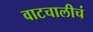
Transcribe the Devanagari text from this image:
वाटचालीचं